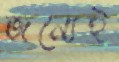
জন্যেই